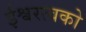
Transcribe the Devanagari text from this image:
ईश्वरत्वको